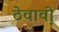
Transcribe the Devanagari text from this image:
ठेवावी़